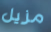
مزيل